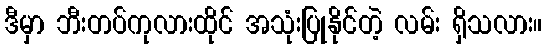
ဒီမှာ ဘီးတပ်ကုလားထိုင် အသုံးပြုနိုင်တဲ့ လမ်း ရှိသလား။